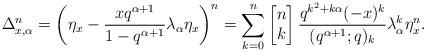
LaTeX: \begin{align*}\Delta_{x,\alpha}^n=\left( \eta_x-\frac{x q^{\alpha+1}}{1-q^{\alpha+1}} \lambda_{\alpha} \eta_x \right)^n=\sum_{k=0}^n \begin{bmatrix} n \\k \end{bmatrix} \frac{ q^{k^2+k \alpha} (-x)^k }{(q^{\alpha+1};q)_k}\lambda_{\alpha}^k \eta_x^n.\end{align*}